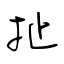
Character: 扯